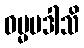
ဓမ္မမဒါသိ